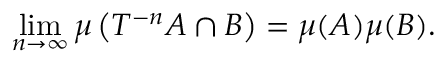
\operatorname* { l i m } _ { n \to \infty } \mu \left( T ^ { - n } A \cap B \right) = \mu ( A ) \mu ( B ) .